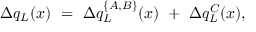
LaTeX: \Delta q _ { L } ( x ) \ = \ \Delta q _ { L } ^ { \{ A , B \} } ( x ) \ + \ \Delta q _ { L } ^ { C } ( x ) ,